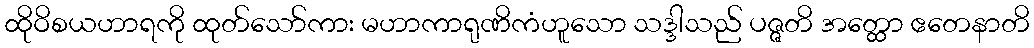
ထိုဝိစယဟာရကို ထုတ်သော်ကား မဟာကာရုဏိကံဟူသော သဒ္ဒါသည် ပဇ္ဇတိ အတ္ထော ဧတေနာတိ